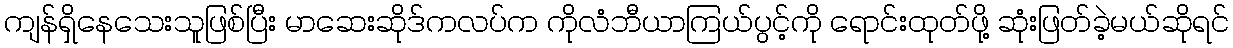
ကျန်ရှိနေသေးသူဖြစ်ပြီး မာဆေးဆိုဒ်ကလပ်က ကိုလံဘီယာကြယ်ပွင့်ကို ရောင်းထုတ်ဖို့ ဆုံးဖြတ်ခဲ့မယ်ဆိုရင်